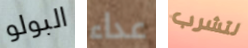
البولو عداء لتشرب